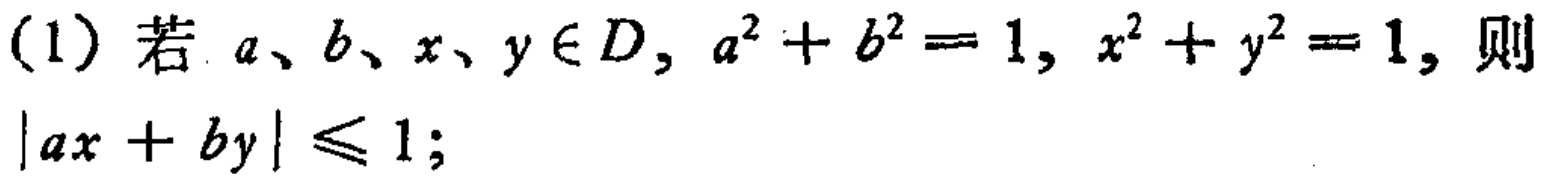
(1) 若 \(a、b、x、y\in D\)，\(a^{2}+b^{2}=1\)，\(x^{2}+y^{2}=1\)，则 \(|ax + by|\leq1\)；